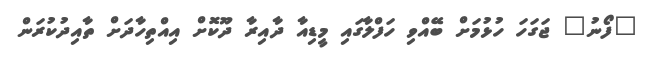
"ފޯނު" ޖަގަހަ ހުޅުމަށް ބޭއްވި ހަފްލާގައި މީޑިއާ ދާއިރާ ދޫކޮށް އިއްތިހާދަށް ތާއިދުކުރަން